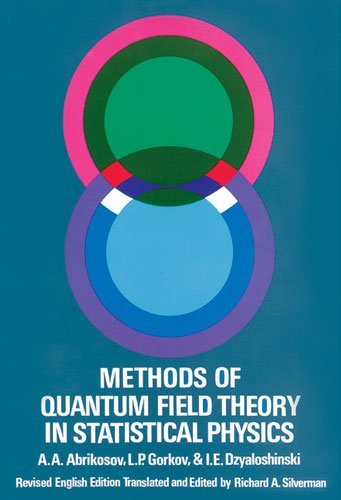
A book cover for Methods of Quantum Field Theory in Statistical Physics (Dover Books on Physics); A. A. Abrikosov; Science & Math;